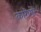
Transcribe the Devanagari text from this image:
कारीगरें